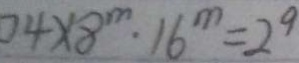
4 \times 8 ^ { m } \cdot 1 6 ^ { m } = 2 ^ { 9 }